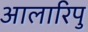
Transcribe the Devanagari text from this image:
आलारिपु